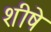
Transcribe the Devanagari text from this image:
शीषे